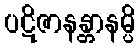
ပဋိဇာနန္တာနမ္ပိ